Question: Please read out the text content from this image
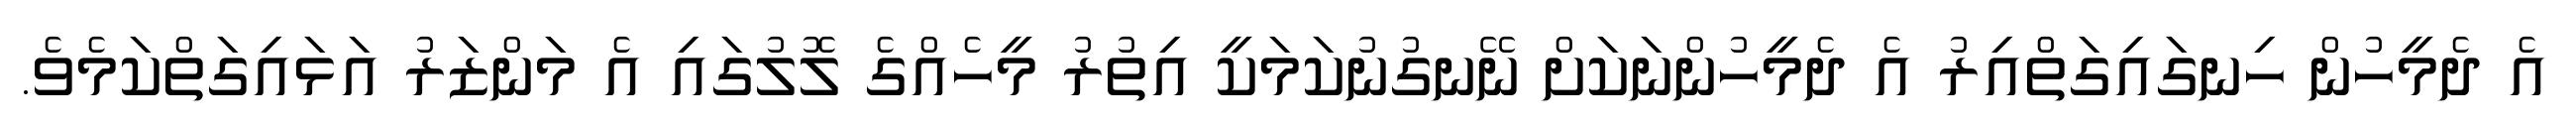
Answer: އެ ދެމީހުން ހިނގައިގަތްއިރު އެ ދެމީހުންނަކަށް ނޭނގުނުކަމަކީ އިތުރު މީހެއްގެ ލޮލުގައި އެ މަންޒަރު އަޅައިގަތްކަމެވެ.